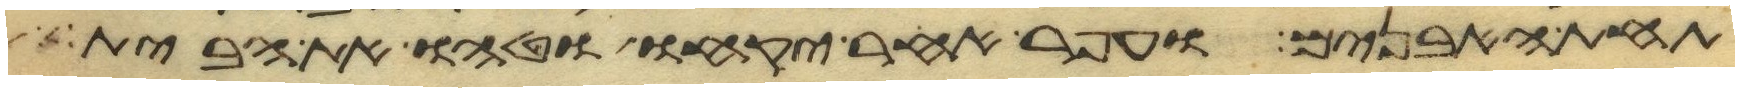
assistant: תחת האבנים ועפר אחר יקחו וטחו את הבית